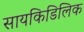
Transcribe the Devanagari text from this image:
सायकिडिलिक